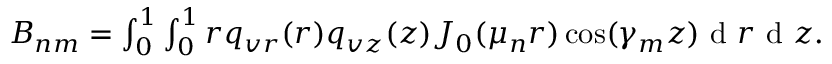
\begin{array} { r } { B _ { n m } = \int \displaylimits _ { 0 } ^ { 1 } \int \displaylimits _ { 0 } ^ { 1 } r q _ { v r } ( r ) q _ { v z } ( z ) J _ { 0 } ( \mu _ { n } r ) \cos ( \gamma _ { m } z ) \textrm { d } r \textrm { d } z . } \end{array}